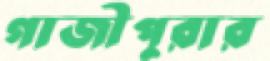
গাজীপুরার